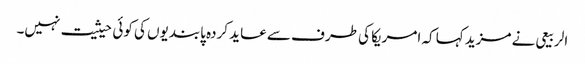
الربیعی نے مزید کہا کہ امریکا کی طرف سے عاید کردہ پابندیوں کی کوئی حیثیت نہیں۔